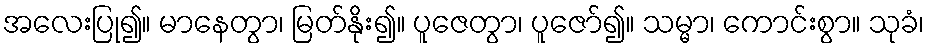
အလေးပြု၍။ မာနေတွာ၊ မြတ်နိုး၍။ ပူဇေတွာ၊ ပူဇော်၍။ သမ္မာ၊ ကောင်းစွာ။ သုခံ၊